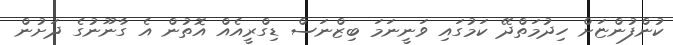
ކުންފުންޏަށް ހިދުމަތްދޭ ކަމުގައި ވަނީނަމަ ބިޒްނަސް ޑިގްރީއެއް އޮތުން އެ ގާނޫނުގެ ދަށުން